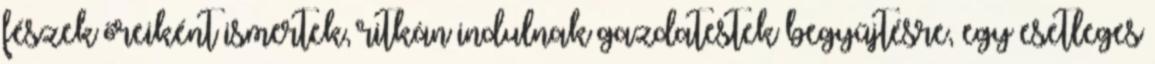
fészek őreiként ismertek, ritkán indulnak gazdatestek begyűjtésre, egy esetleges